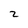
Character: 2